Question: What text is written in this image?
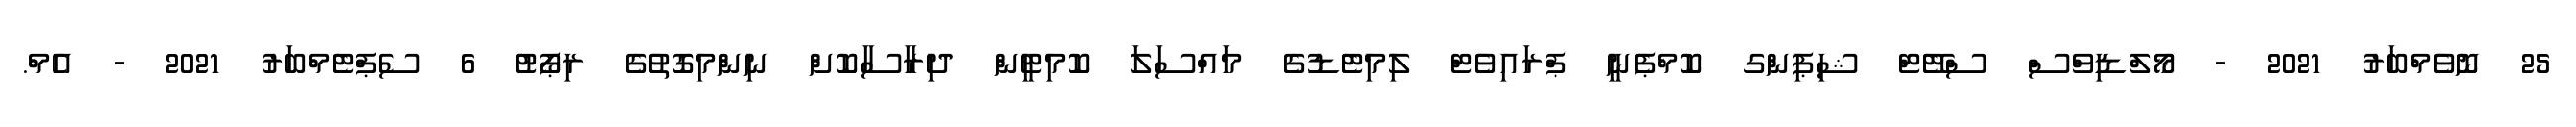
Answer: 25 ނޮވެމްބަރު 2021 - މޯލްޑިވްސް ސްޓޭޓް ޝިޕިންގ ކޮމްޕެނީ ޕްރައިވެޓް ލިމިޓެޑުގެ މައްސަލަ ކޮމިޓީން ދިރާސާކޮށް ނިންމިގޮތުގެ ރިޕޯޓު 6 ސެޕްޓެމްބަރު 2021 - އެމް.